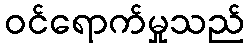
ဝင်ရောက်မှုသည်